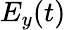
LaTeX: E_{y}(t)